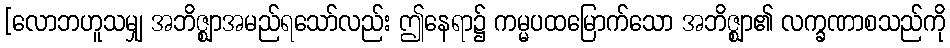
[လောဘဟူသမျှ အဘိဇ္ဈာအမည်ရသော်လည်း ဤနေရာ၌ ကမ္မပထမြောက်သော အဘိဇ္ဈာ၏ လက္ခဏာစသည်ကို